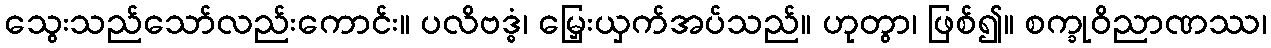
သွေးသည်သော်လည်းကောင်း။ ပလိဗဒ္ဓံ၊ မြှေးယှက်အပ်သည်။ ဟုတွာ၊ ဖြစ်၍။ စက္ခုဝိညာဏဿ၊